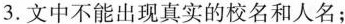
3.文中不能出现真实的校名和人名；